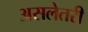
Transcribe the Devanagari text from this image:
असलेतरी